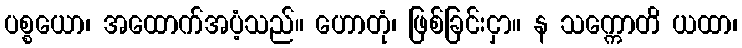
ပစ္စယော၊ အထောက်အပံ့သည်။ ဟောတုံ၊ ဖြစ်ခြင်းငှာ။ န သက္ကောတိ ယထာ၊